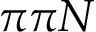
\pi \pi N